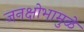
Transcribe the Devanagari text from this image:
जनक्षोभामुळे